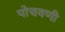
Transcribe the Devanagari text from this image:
पोचवणी